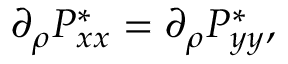
\partial _ { \rho } P _ { x x } ^ { * } = \partial _ { \rho } P _ { y y } ^ { * } ,